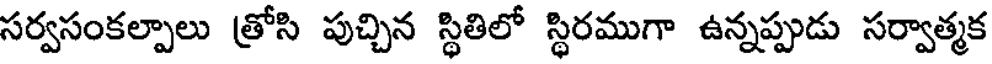
సర్వసంకల్పాలు త్రోసి పుచ్చిన స్థితిలో స్థిరముగా ఉన్నప్పుడు సర్వాత్మక